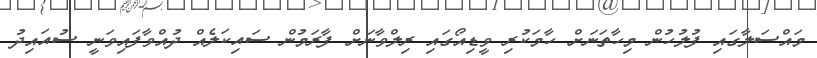
މައްސަލާގައި ފުލުހުން މިހާތަނަށް ހާމަކުރި ވީޑިއޯގައި ރިލްވާނަށް ފާރަމުން ސައިކަލެއް ދުއްވާފައިވަނީ ސުއައިދު